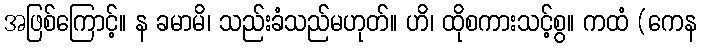
အဖြစ်ကြောင့်။ န ခမာမိ၊ သည်းခံသည်မဟုတ်။ ဟိ၊ ထိုစကားသင့်စွ။ ကထံ (ကေန